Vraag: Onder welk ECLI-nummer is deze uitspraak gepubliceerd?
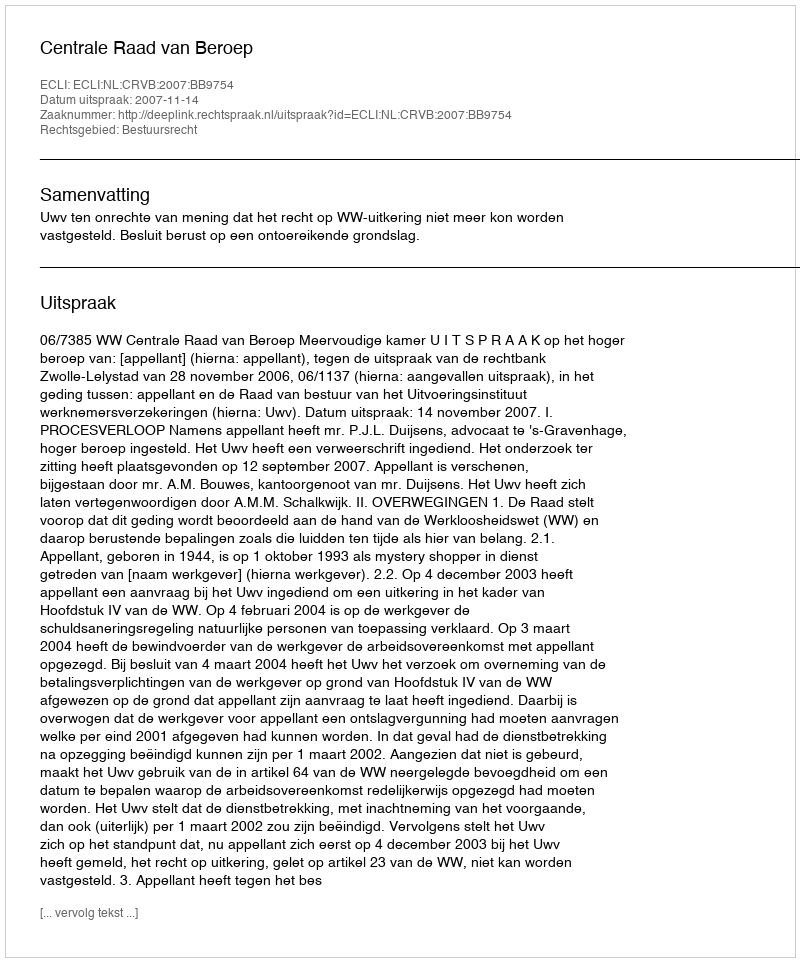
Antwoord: ECLI:NL:CRVB:2007:BB9754